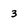
Character: 3